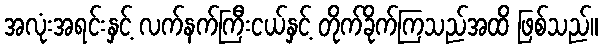
အလုံးအရင်းနှင့် လက်နက်ကြီးငယ်နှင့် တိုက်ခိုက်ကြသည်အထိ ဖြစ်သည်။